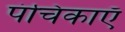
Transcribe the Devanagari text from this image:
पंचिकाएँ